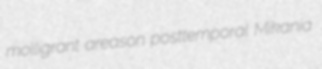
molligrant areason posttemporal Mikania